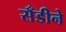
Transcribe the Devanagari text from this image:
सँडीने